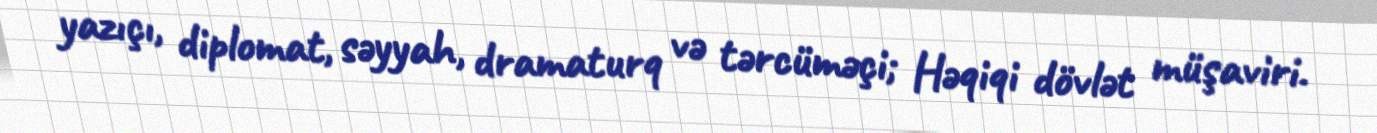
yazıçı, diplomat, səyyah, dramaturq və tərcüməçi; Həqiqi dövlət müşaviri.